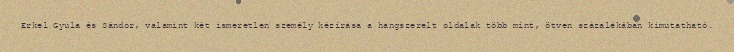
Erkel Gyula és Sándor, valamint két ismeretlen személy kézírása a hangszerelt oldalak több mint, ötven százalékában kimutatható.